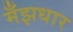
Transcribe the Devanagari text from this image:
मँझधार